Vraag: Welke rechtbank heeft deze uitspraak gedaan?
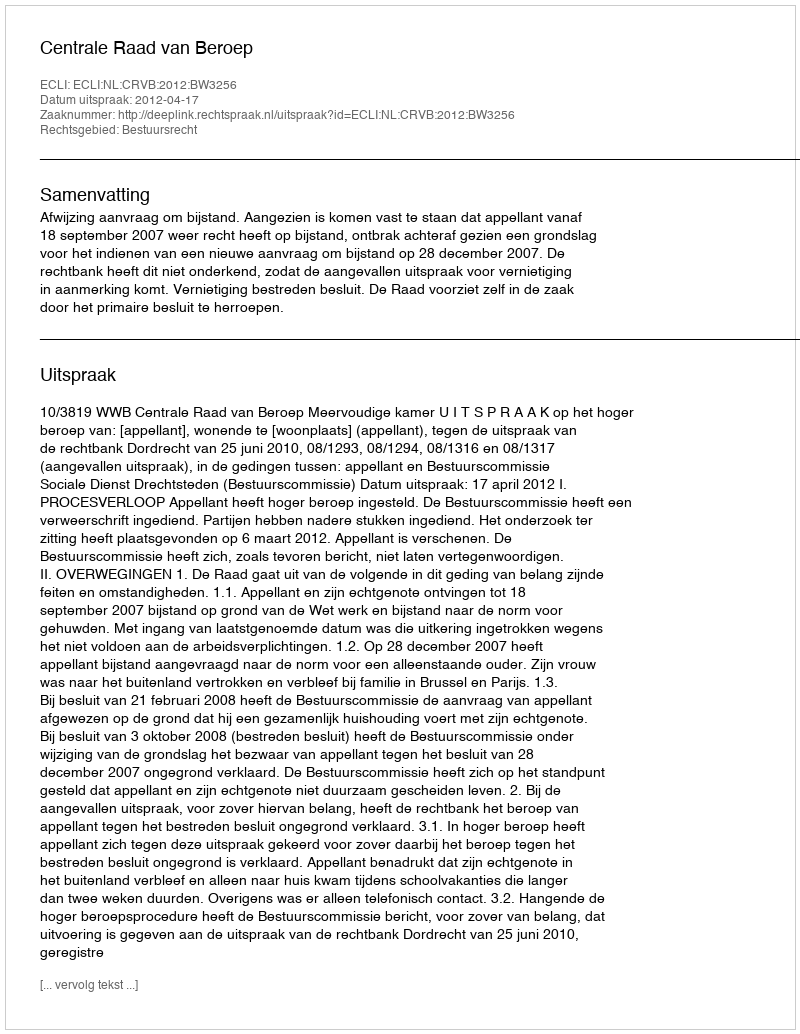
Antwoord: Centrale Raad van Beroep